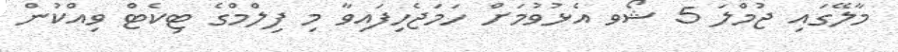
މާލޭގައި ޖުމްލަ 5 ޝޯވ އެޅުވުމަށް ހަމަޖެހިފައިވާ މި ފިލްމްގެ ޓިކެޓް ވިއްކުން